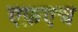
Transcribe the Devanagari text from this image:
एफ़एच